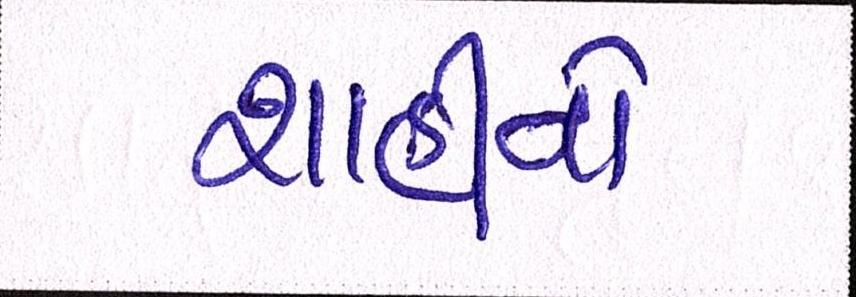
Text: શાહીનો